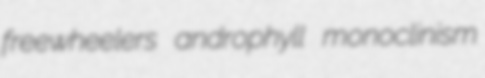
freewheelers androphyll monoclinism